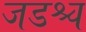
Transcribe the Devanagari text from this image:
जडश्च